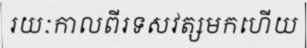
រយៈកាលពីរទសវត្សមកហើយ